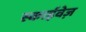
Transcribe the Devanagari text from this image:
स्काईवेज़